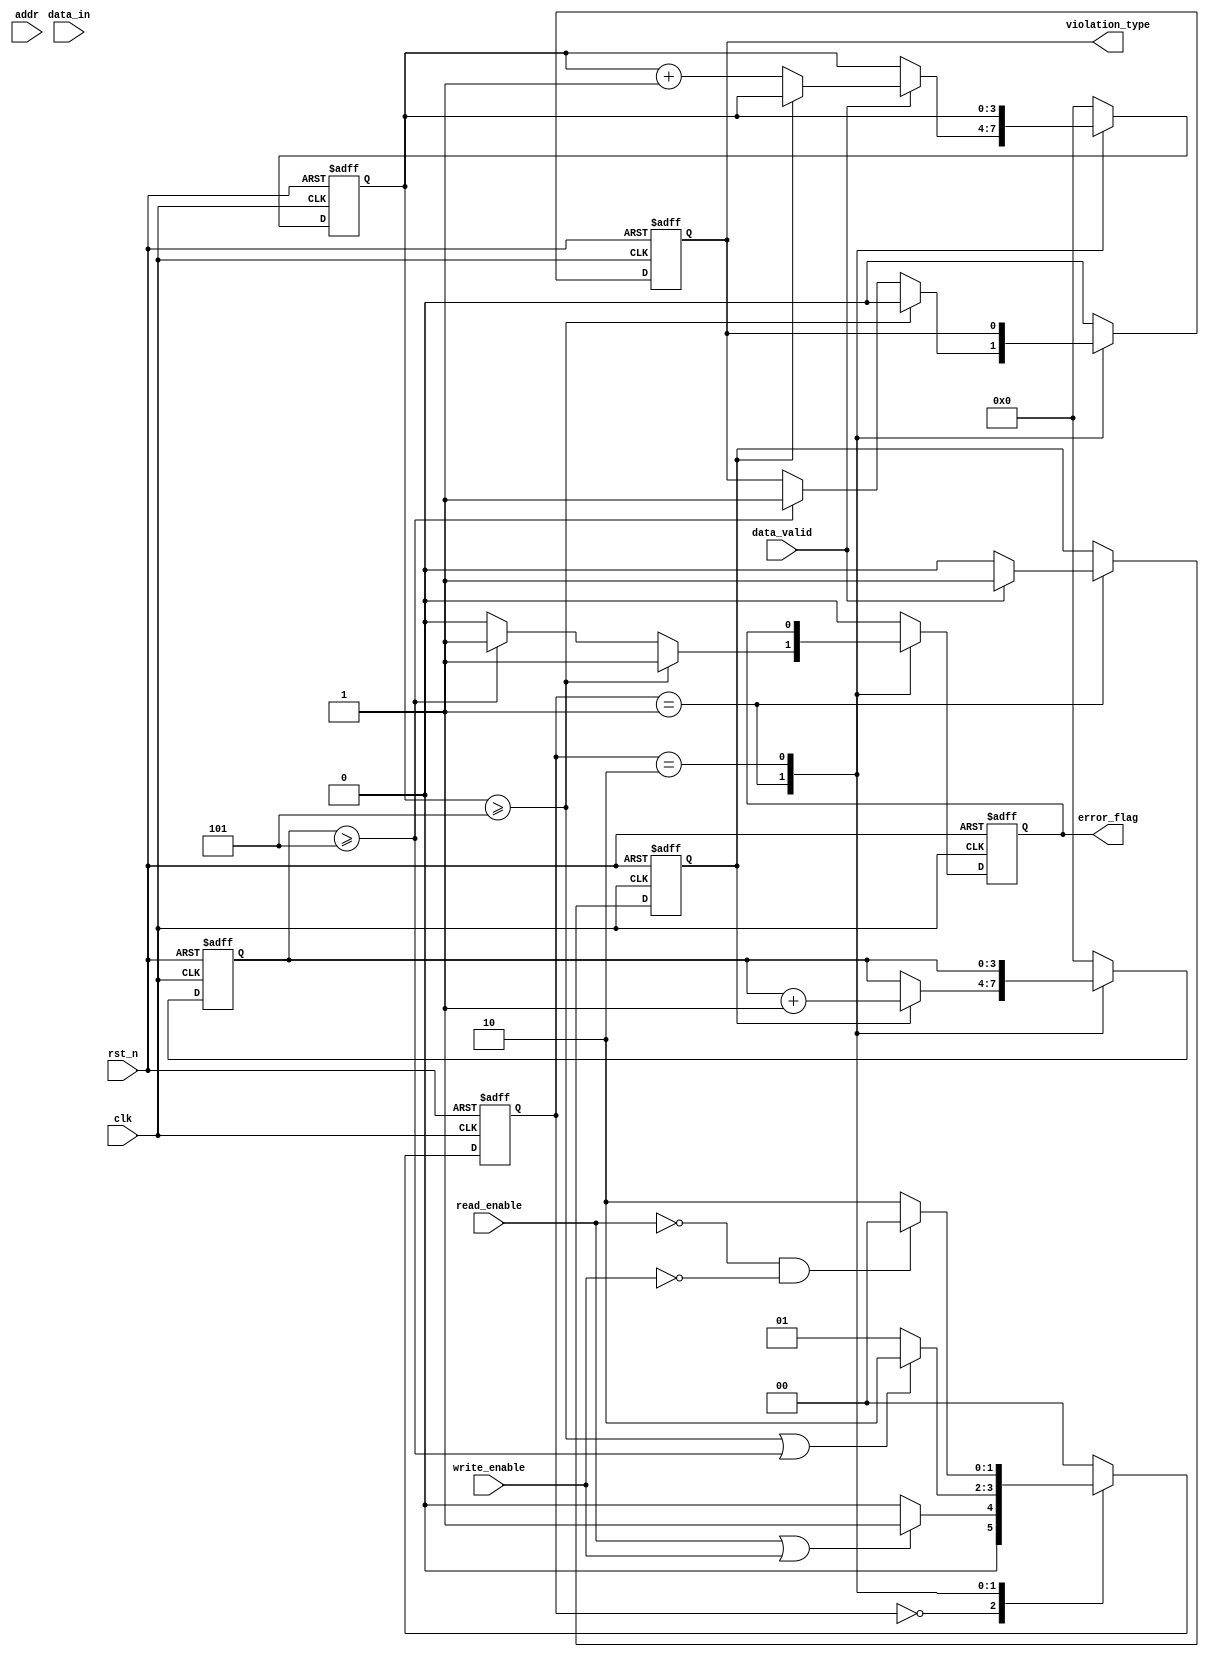
module MemoryBlocksTimeBorrowingDetector (
    input wire clk,                      // Clock signal
    input wire rst_n,                    // Active low reset
    input wire read_enable,              // Read enable signal
    input wire write_enable,             // Write enable signal
    input wire data_valid,               // Data valid signal
    input wire [ADDRESS_WIDTH-1:0] addr, // Address signals
    input wire data_in,                  // Data input
    output reg error_flag,               // Error flag output
    output reg violation_type             // Type of violation (0: setup, 1: hold)
);

parameter ADDRESS_WIDTH = 10;           // Width of address
parameter SETUP_TIME_THRESHOLD = 5;     // Setup time threshold (in clock cycles)
parameter HOLD_TIME_THRESHOLD = 5;      // Hold time threshold (in clock cycles)

// State definitions
localparam IDLE = 2'b00;
localparam MONITORING = 2'b01;
localparam ERROR = 2'b10;

reg [1:0] state, next_state;
reg [3:0] setup_time_counter;            // Counter for setup time measurement
reg [3:0] hold_time_counter;             // Counter for hold time measurement
reg data_stable;                         // Flag to check if data is stable

// State transition
always @(posedge clk or negedge rst_n) begin
    if (!rst_n) begin
        state <= IDLE;
    end else begin
        state <= next_state;
    end
end

// Next state logic
always @(*) begin
    case (state)
        IDLE: begin
            if (read_enable || write_enable) begin
                next_state = MONITORING;
            end else begin
                next_state = IDLE;
            end
        end
        MONITORING: begin
            if (setup_time_counter >= SETUP_TIME_THRESHOLD || hold_time_counter >= HOLD_TIME_THRESHOLD) begin
                next_state = ERROR;
            end else begin
                next_state = MONITORING;
            end
        end
        ERROR: begin
            if (!read_enable && !write_enable) begin
                next_state = IDLE; // Reset to IDLE when no operation
            end else begin
                next_state = ERROR;
            end
        end
        default: next_state = IDLE;
    endcase
end

// Timing measurement logic
always @(posedge clk or negedge rst_n) begin
    if (!rst_n) begin
        setup_time_counter <= 0;
        hold_time_counter <= 0;
        error_flag <= 0;
        violation_type <= 0;
        data_stable <= 0;
    end else begin
        case (state)
            MONITORING: begin
                // Monitor setup time
                if (data_valid) begin
                    if (!data_stable) begin
                        setup_time_counter <= setup_time_counter + 1;
                    end
                    data_stable <= 1; // Data is stable
                end else begin
                    data_stable <= 0; // Data is not stable
                end

                // Monitor hold time
                if (data_stable) begin
                    hold_time_counter <= hold_time_counter + 1;
                end

                // Check for violations
                if (setup_time_counter >= SETUP_TIME_THRESHOLD) begin
                    error_flag <= 1;
                    violation_type <= 0; // Setup violation
                end else if (hold_time_counter >= HOLD_TIME_THRESHOLD) begin
                    error_flag <= 1;
                    violation_type <= 1; // Hold violation
                end else begin
                    error_flag <= 0; // No violation
                end
            end
            ERROR: begin
                // Maintain error flag until reset
                // Optionally, add a mechanism to clear the error state
            end
            default: begin
                setup_time_counter <= 0;
                hold_time_counter <= 0;
                error_flag <= 0;
                violation_type <= 0;
            end
        endcase
    end
end

endmodule